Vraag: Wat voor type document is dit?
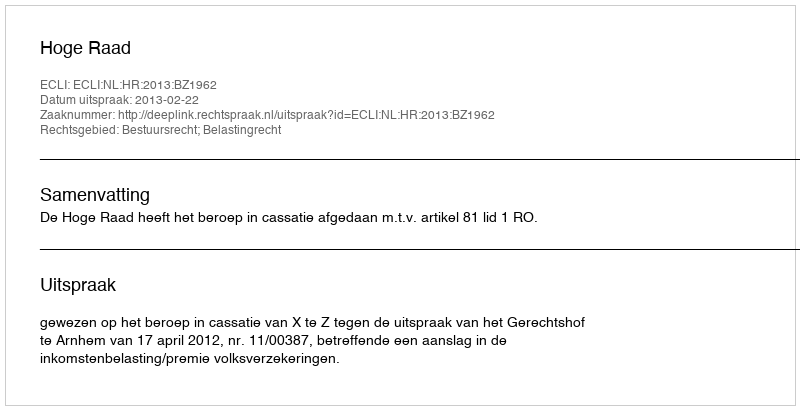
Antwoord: Uitspraak